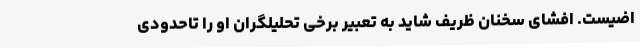
اضیست. افشای سخنان ظریف شاید به تعبیر برخی تحلیلگران او را تاحدودی